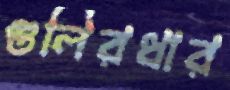
গুলিরধার